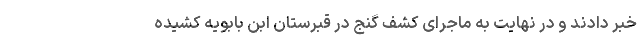
خبر دادند و در نهایت به ماجرای کشف گنج در قبرستان ابن بابویه کشیده